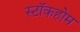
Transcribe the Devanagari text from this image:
स्टाॅकहोम